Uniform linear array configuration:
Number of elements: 64
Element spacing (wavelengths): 1
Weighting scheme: hamming
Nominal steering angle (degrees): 60
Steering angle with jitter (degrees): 61.58
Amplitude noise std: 0.05
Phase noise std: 0.05

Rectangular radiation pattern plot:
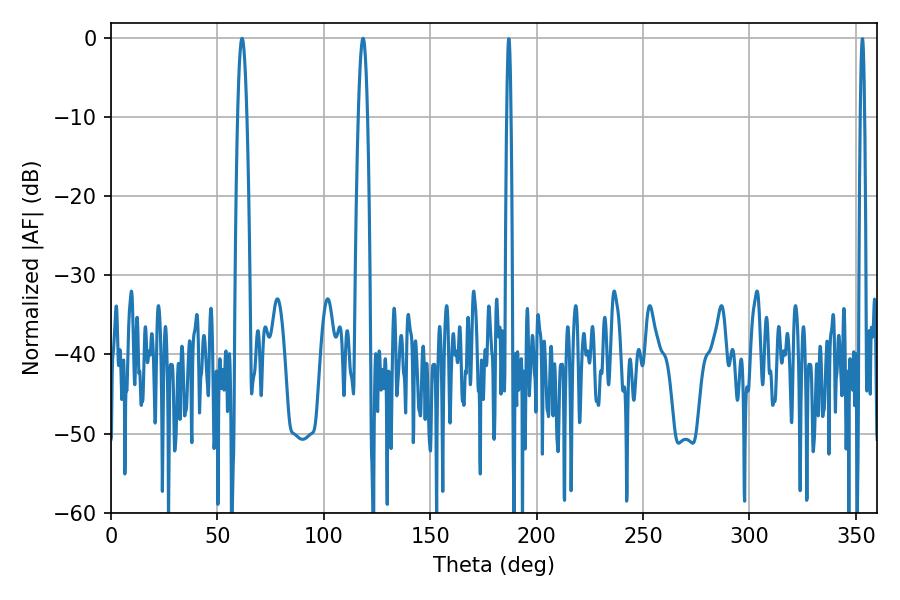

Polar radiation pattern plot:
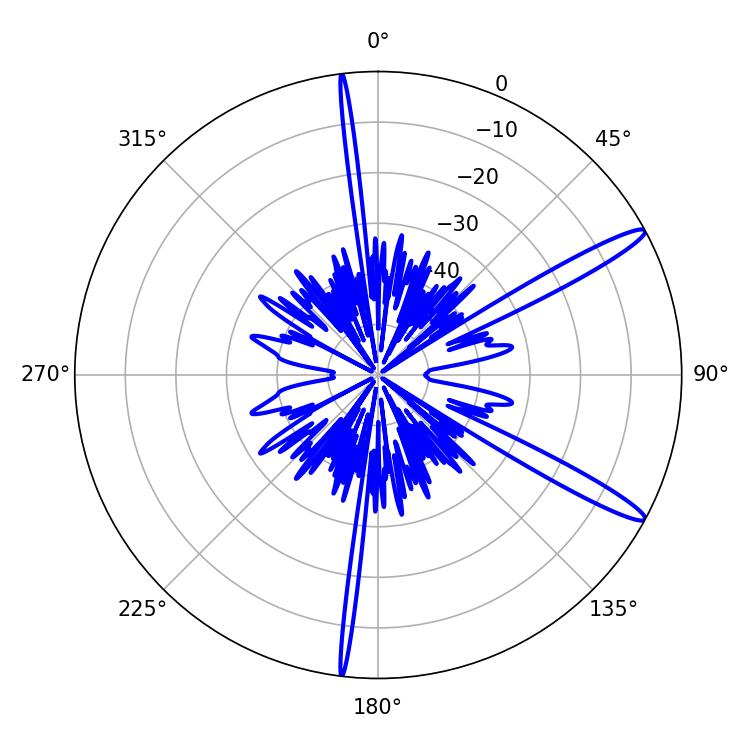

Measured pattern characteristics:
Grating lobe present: TRUE
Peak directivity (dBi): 14.26
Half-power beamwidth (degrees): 2.34
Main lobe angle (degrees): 61.56